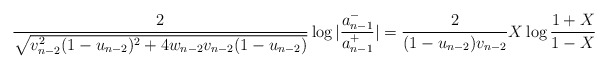
\begin{align*}{2\over \sqrt{v_{n-2}^2(1-u_{n-2})^2+4w_{n-2}v_{n-2}(1-u_{n-2})}}\log|{a_{n-1}^{-}\over a_{n-1}^{+}}|={2\over (1-u_{n-2})v_{n-2}}X\log{1+X\over 1-X}\end{align*}